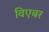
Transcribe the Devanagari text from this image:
विएबर